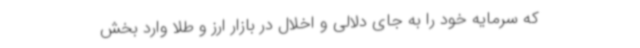
که سرمایه خود را به جای دلالی و اخلال در بازار ارز و طلا وارد بخش